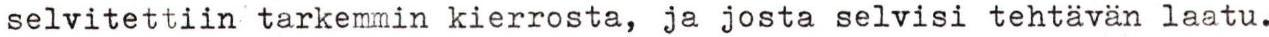
selvitettiin tarkemmin kierrosta, ja josta selvisi tehtävän laatu.